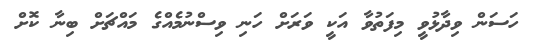
ހަސަން ވިދާޅުވީ މިފަތުވާ އަކީ ވަރަށް ހަނި ވިސްނުމެއްގެ މައްޗަށް ބިނާ ކޮށް